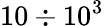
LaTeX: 10\div 10^{3}